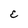
Character: E